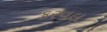
કરવલ